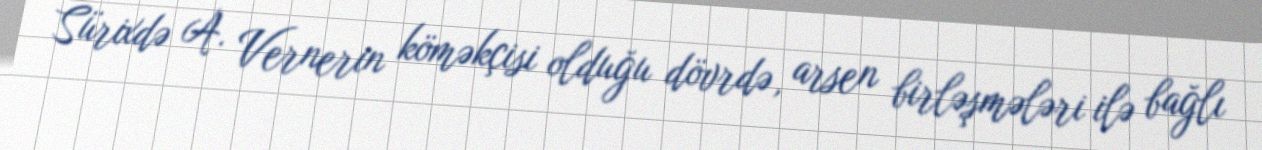
Sürixdə A. Vernerin köməkçisi olduğu dövrdə, arsen birləşmələri ilə bağlı